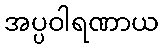
အပ္ပဝါရဏာယ